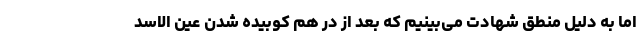
اما به دلیل منطق شهادت می‌بینیم که بعد از در هم کوبیده شدن عین الاسد